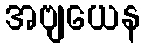
အဗျယေန